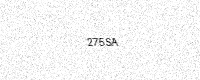
Text: 275SA